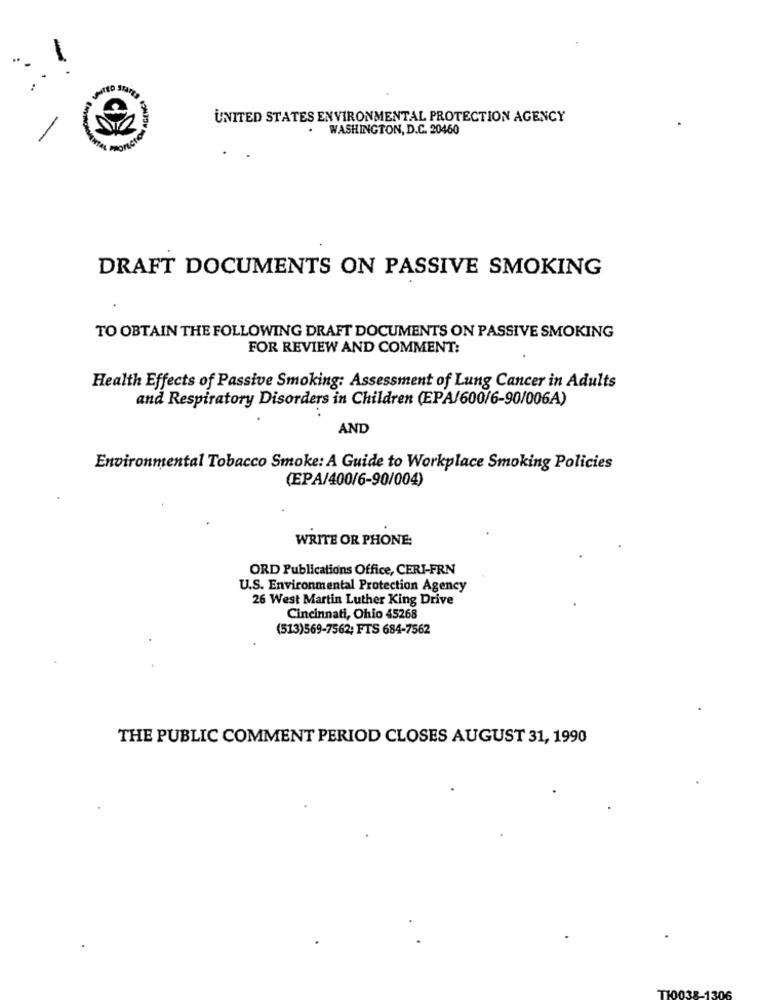
AGENCE
UNITED STATES ENVIRONMENTAL PROTECTION AGENCY
.
WASHINGTON, D.C. 20460
DRAFT DOCUMENTS ON PASSIVE SMOKING
TO OBTAIN THE FOLLOWING DRAFT DOCUMENTS ON PASSIVE SMOKING
FOR REVIEW AND COMMENT:
Health Effects of Passive Smoking: Assessment of Lung Cancer in Adults
and Respiratory Disorders in Children (EPA/600/6-90/006A)
AND
Environmental Tobacco Smoke: A Guide to Workplace Smoking Policies
(EPA/400/6-90/004)
WRITE OR PHONE:
ORD Publications Office, CERI-FRN
U.S. Environmental Protection Agency
26 West Martin Luther King Drive
Cincinnati, Ohio 45268
(513)569-7562; FTS 684-7562
THE PUBLIC COMMENT PERIOD CLOSES AUGUST 31, 1990
TH